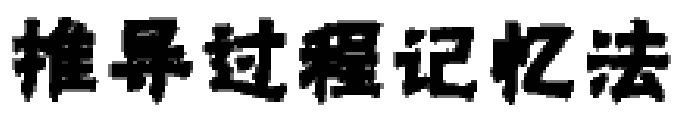
推导过程记忆法